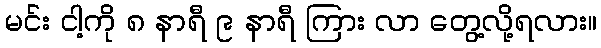
မင်း ငါ့ကို ၈ နာရီ ၉ နာရီ ကြား လာ တွေ့လို့ရလား။